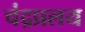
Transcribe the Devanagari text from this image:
चंद्रप्रलय